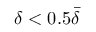
\delta < 0 . 5 \bar { \delta }